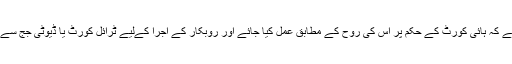
سول جج کا کہنا ہے کہ ہائی کورٹ کے حکم پر اس کی روح کے مطابق عمل کیا جائے اور روبکار کے اجرا کےلیے ٹرائل کورٹ یا ڈیوٹی جج سے رجوع کیا جائے۔